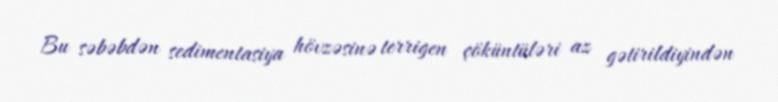
Bu səbəbdən sedimentasiya hövzəsinə terrigen çöküntüləri az gətirildiyindən